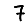
Digit: 7